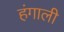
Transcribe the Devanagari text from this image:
हंगाली